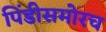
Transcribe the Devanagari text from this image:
पिंडीसमोरच